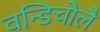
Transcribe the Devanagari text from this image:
वन्डिचोलै